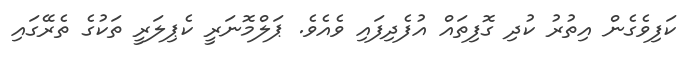
ކަފިވެގެން އިތުރު ކުދި ގޮފިތައް އުފެދިފައި ވެއެވެ. ޕަލްމޮނަރީ ކެޕިލަރީ ތަކުގެ ތެރޭގައި